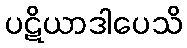
ပဋိယာဒါပေသိ